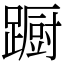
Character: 蹰